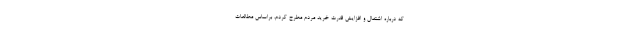
که درباره اشتغال و افزایش قدرت خرید مردم مطرح کردم، براساس مطالعات